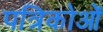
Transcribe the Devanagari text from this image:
पत्रिकोओं